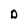
Character: D